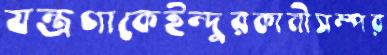
যন্ত্রণাকেইন্দুরকানীসম্পর